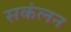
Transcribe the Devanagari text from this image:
सकंलन